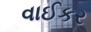
વાઈકર